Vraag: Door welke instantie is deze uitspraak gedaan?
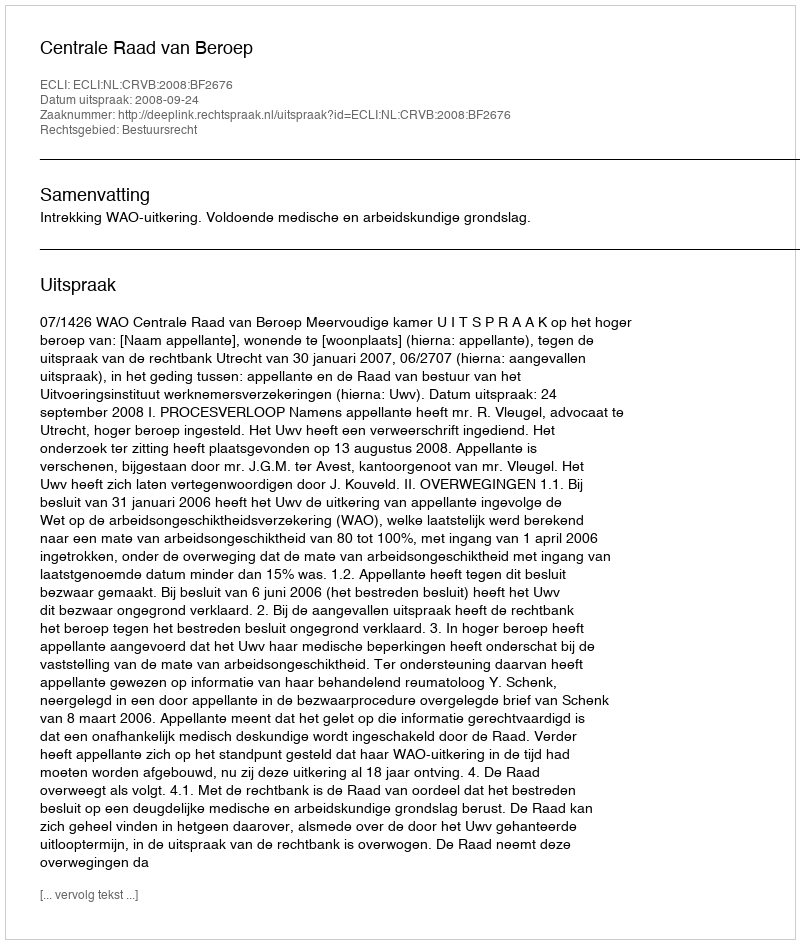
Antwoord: Centrale Raad van Beroep